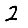
Digit: 2